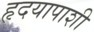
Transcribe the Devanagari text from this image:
हृदयापाशी